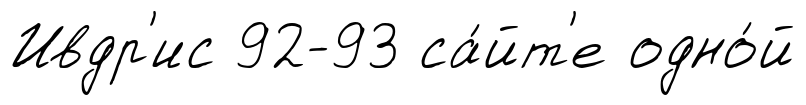
Ивдр'ис 92-93 са́йт'е одно́й